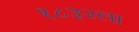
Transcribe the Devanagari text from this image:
१८३२ला